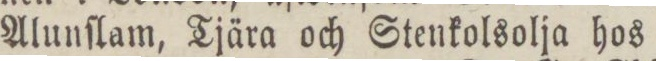
Alunſlam, Tjära och Stenkolsolja hos